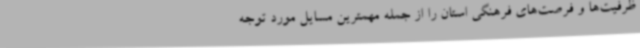
ظرفیت‌ها و فرصت‌های فرهنگی استان را از جمله مهمترین مسایل مورد توجه